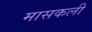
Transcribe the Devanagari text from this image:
मासकली